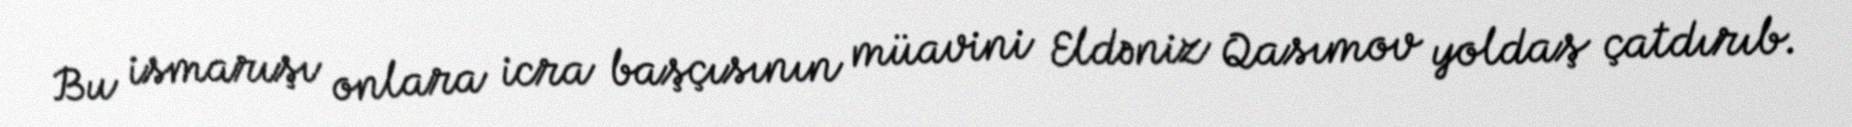
Bu ismarışı onlara icra başçısının müavini Eldəniz Qasımov yoldaş çatdırıb.